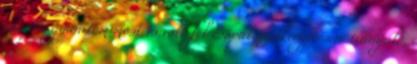
magát, gyanítom most is volt fél csapat szétkergetésére irányuló,